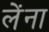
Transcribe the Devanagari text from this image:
लेंना